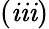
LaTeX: (\mathit{i}\mathit{i}\mathit{i})